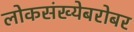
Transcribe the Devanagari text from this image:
लोकसंख्येबरोबर